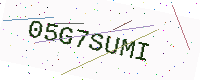
Text: 05G7SUMI